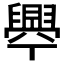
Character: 𦦞